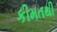
કીમતથી